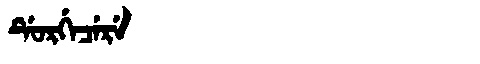
Manchu: ᡩᡠᡵᡤᡝᠴᡝᡵᡝ
Romanization: DURGECERE